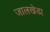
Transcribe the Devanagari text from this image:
जालखेडा